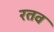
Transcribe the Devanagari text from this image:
रतव